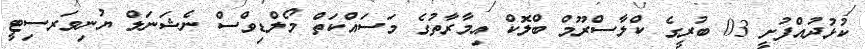
ކުޅުދުއްފުށީ 03 ބުރީގެ ކްލާސްރޫމް ބްލޮކް އިމާރާތުގެ މަސައްކަތް މޯލްޑިވްސް ނެޝަނަލް ޔުނިވަރސިޓީ